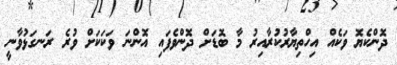
ދޮންކެޔޮ ވަކެއް އިހްތިޔާރުކުރާއިރު މާ ބޮޑަށް ދޮންވެފައި އޮންނަ ވަކަކަށް ވުރެ ރަނގަޅުވާނީ